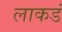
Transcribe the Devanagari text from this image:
लाकडं